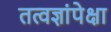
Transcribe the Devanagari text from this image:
तत्वज्ञांपेक्षा